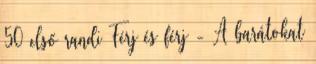
50 első randi Férj és férj - A barátokat